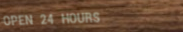
OPEN 24 HOURS